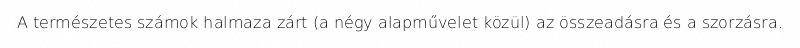
A természetes számok halmaza zárt (a négy alapművelet közül) az összeadásra és a szorzásra.